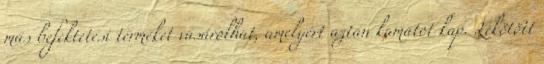
más befektetési terméket vásárolhat, amelyért aztán kamatot kap. Lekötött